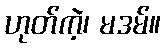
ဟုတ်ကဲ့၊ မဒမ်။